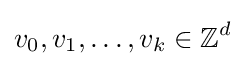
v_{0},v_{1},\ldots ,v_{k}\in \mathbb {Z} ^{d}